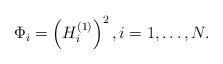
LaTeX: \begin{align*} \Phi _{i} = \left( H_{i}^{( 1 )} \right) ^{2} , i = 1, \dots , N. \end{align*}